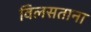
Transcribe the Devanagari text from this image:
विलसताना